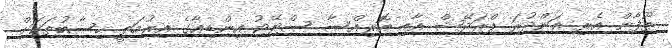
ތޫފާން އެރި އަންދުރަ ޕްރަދޭޝް އާއި އޮރިއްސާ ސްޓޭޓު އިންޑިއާގެ އިރުމަތީ ހިސާބުތަކަށް